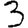
Digit: 3